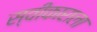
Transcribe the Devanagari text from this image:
स्वीकाराला